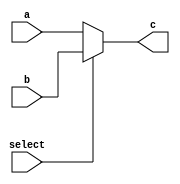
`timescale 1ns / 1ps
//////////////////////////////////////////////////////////////////////////////////
// Company: 
// Engineer: 
// 
// Design Name: 
// Module Name:    MUX21_5 
// Project Name: 
// Target Devices: 
// Tool versions: 
// Description: 
//
// Dependencies: 
//
// Revision: 
// Revision 0.01 - File Created
// Additional Comments: 
//
//////////////////////////////////////////////////////////////////////////////////
module MUX21_5(input [4:0] a, input [4:0] b, input select, output reg [4:0] c);

	always@(*)
	begin
	if(!select)
	begin
	c = a;
	end
	else 
	begin
	c =b;
	end
	end

endmodule